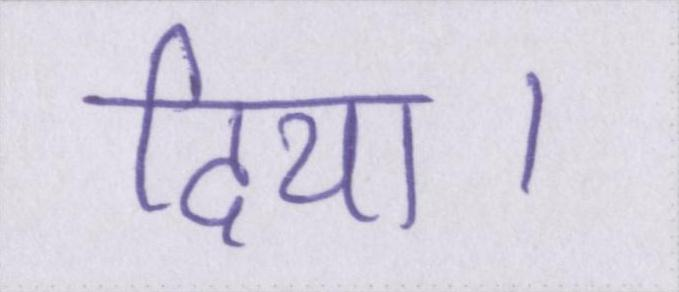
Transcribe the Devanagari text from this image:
दिया।